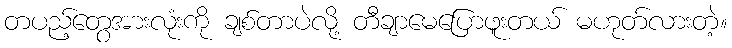
တပည့်တွေအားလုံးကို ချစ်တာပဲလို့ တီချာမေပြောဖူးတယ် မဟုတ်လားတဲ့။